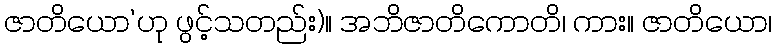
ဇာတိယော’ဟု ဖွင့်သတည်း)။ အဘိဇာတိကောတိ၊ ကား။ ဇာတိယော၊